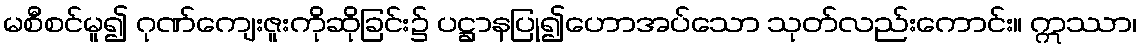
မစီစင်မူ၍ ဂုဏ်ကျေးဇူးကိုဆိုခြင်း၌ ပဋ္ဌာနပြု၍ဟောအပ်သော သုတ်လည်းကောင်း။ ဣဿာ၊